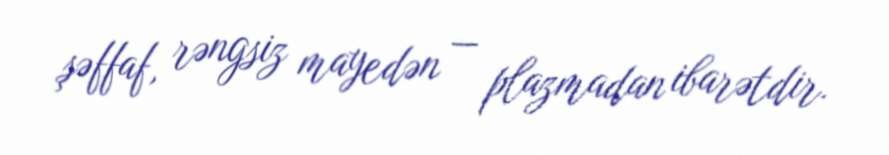
şəffaf, rəngsiz mayedən — plazmadan ibarətdir.